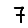
Digit: 7